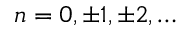
n = 0 , \pm 1 , \pm 2 , \ldots